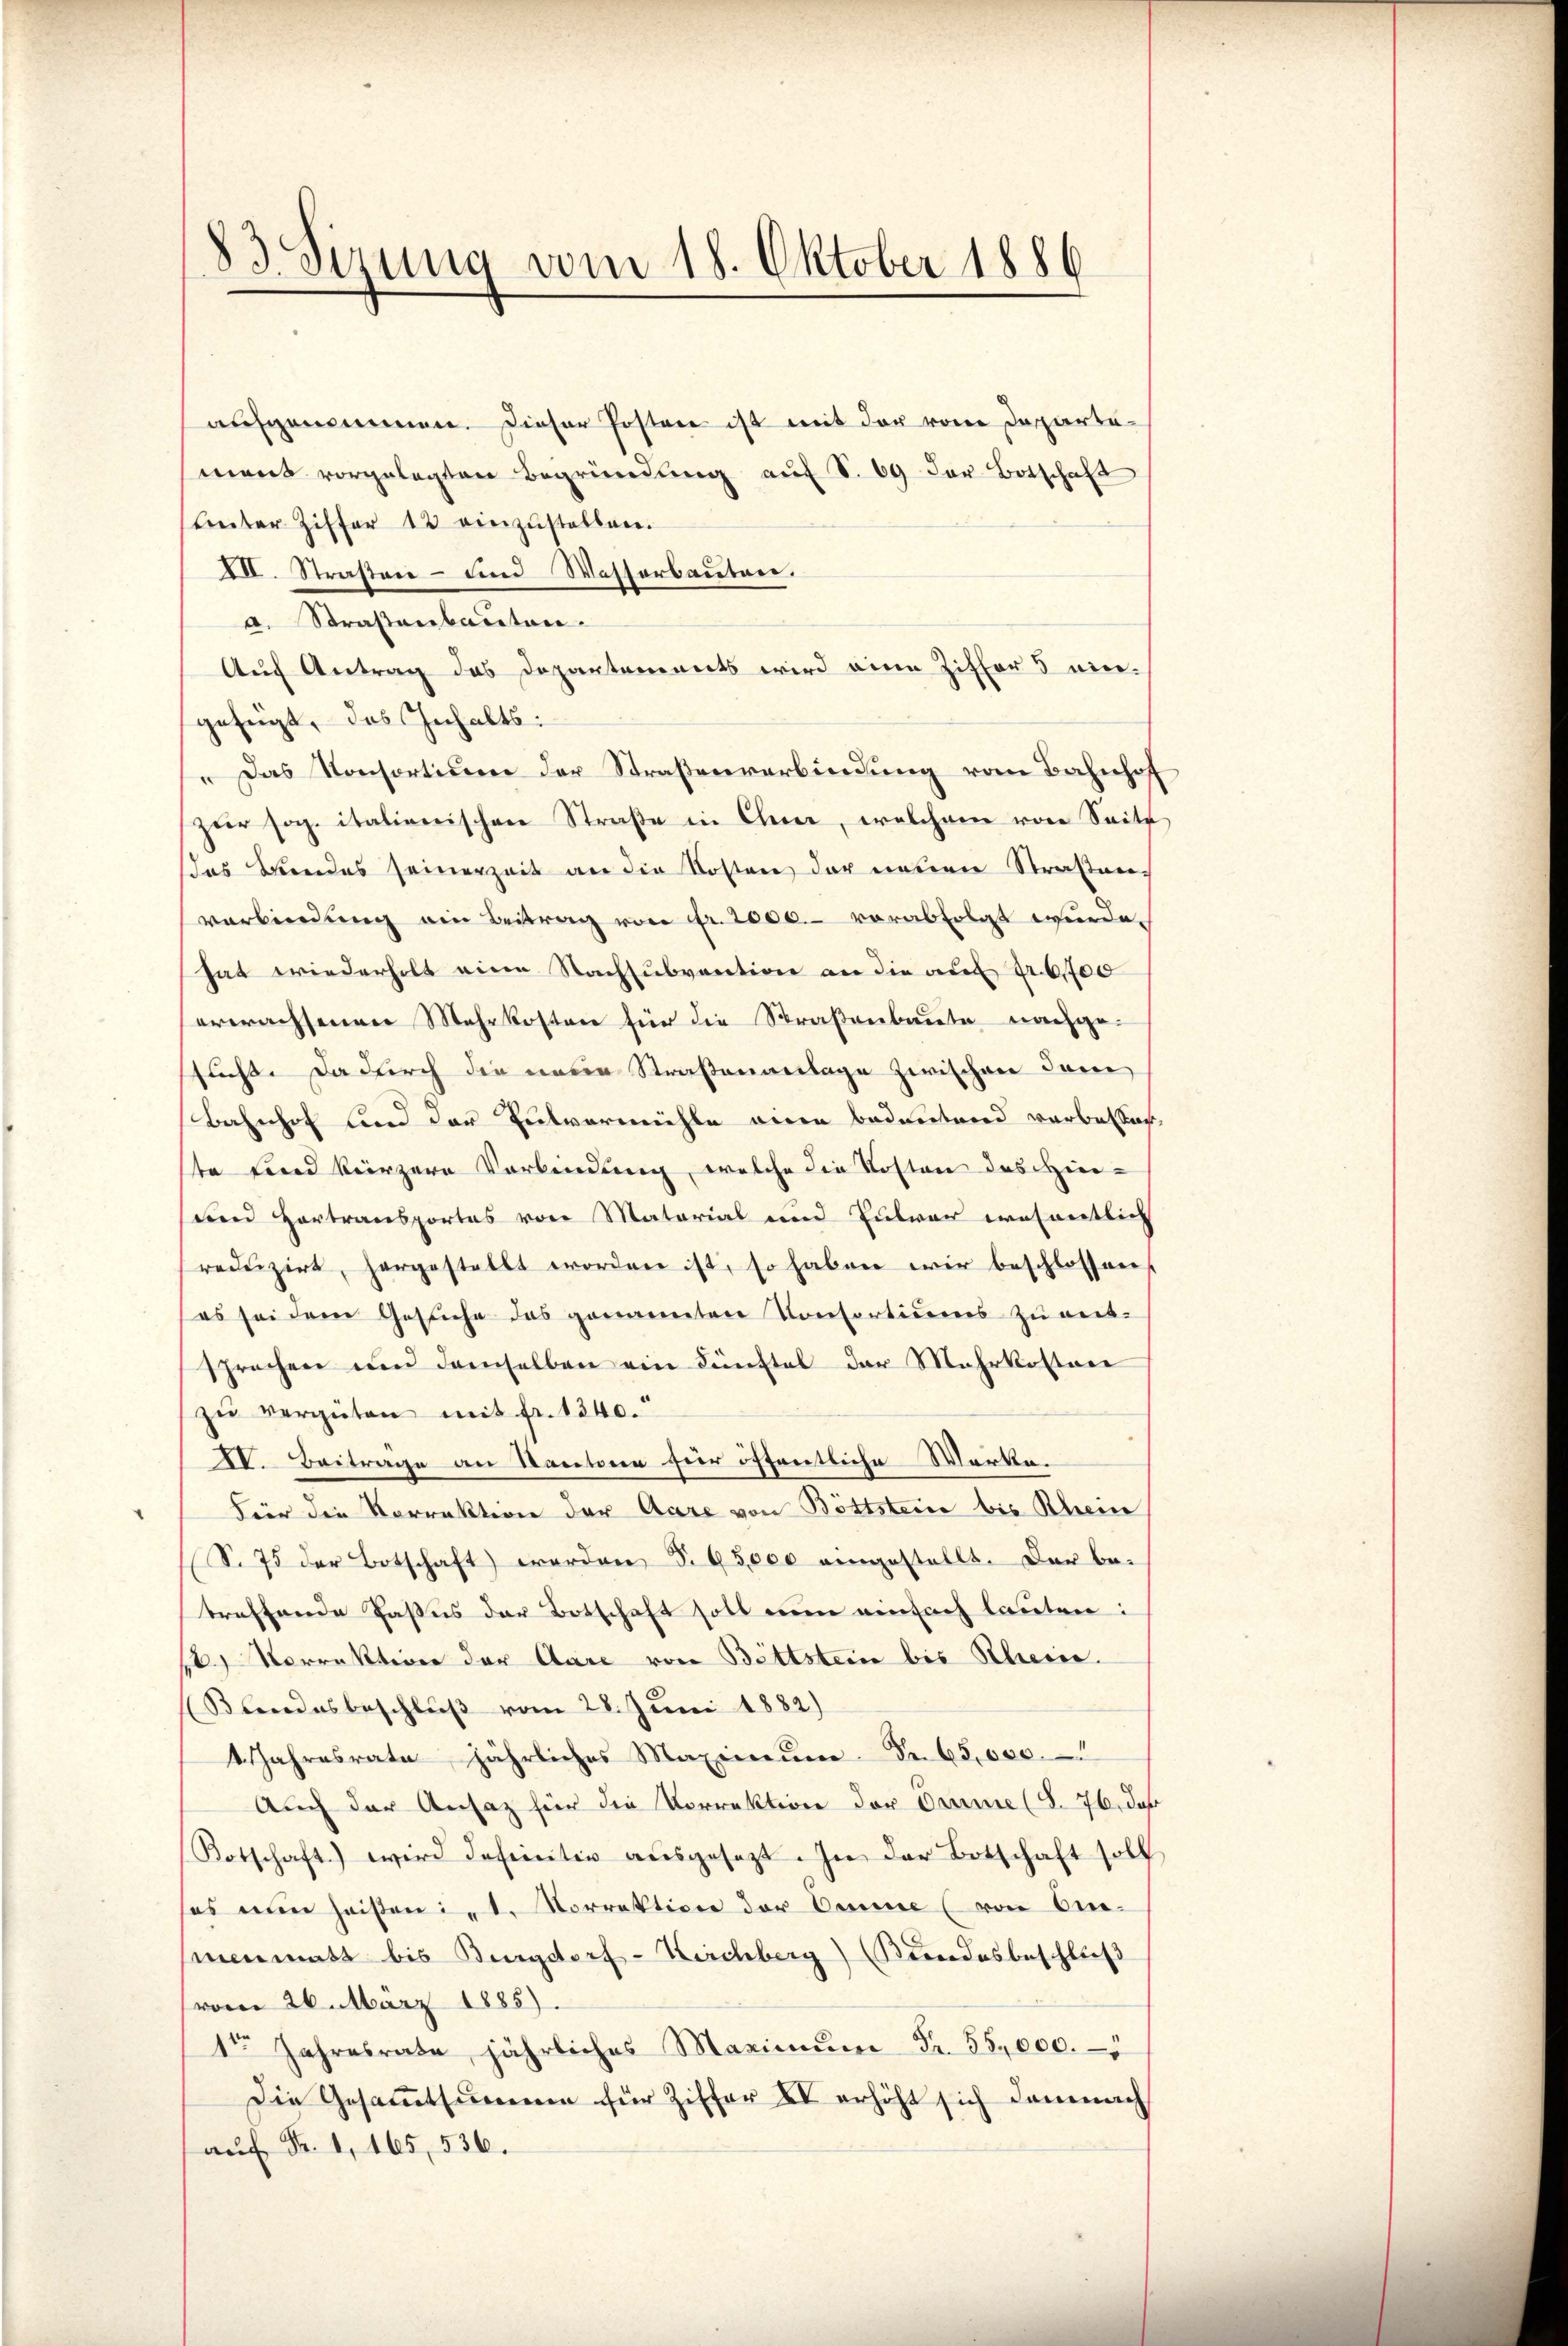
83. Sirung vom 18. Oktober 1886

aufgenommen. Dieser Posten ist mit der vom Departemant vorgelegten Begründung auf S. 69 der Botschaft
unter Ziffer 13 einzustellen.
III. Straßen – und Wasserbauten.
a. Straßenbauten.
Auch Antrag das Departements wird eine Ziffers niegefügt, das Inhalts:
 Das Konsortium der Straßenverbindung vom Bahnhof
zur sog. italienischen Straße in Chur, welchem von Seite
das Bundes seinerzeit an die Kosten der neuen Straßenverbindŭng ein Beitrag von Fr. 2000.- verabfolgt wurde.
hat wiederholt eine Nachsubvention an die auf Fr. 6700
erwachsenen Mehrkosten für die Straßenbaute nachgesucht. Da durch die neuen Straßenanlage zwischen Danie
Bahnhof und der Pulvermühle einen bedeutend verbestan
ste sind kürzere Verbindung, welche die Kosten des Hindend Hortransportes von Material und Pulver wesentlich
reduzirt, hergestellt worden ist, so haben wir beschlossen,
(es sei dem Gesuche das genannten Konsortiums zu ent-
sprechen und demselben ein Fünftel der Mehrkosten
zŭ vergüten mit fr. 1240.
IV. Beitrage an Doctoren für öffentliche Werke.
Für die Vorrektion der Aare von Böttsteine bis Rhein
(S. 75 der Botschaft werden §. 95,000 eingestellt. Der be-
treffende Passus der Botschaft soll nun einfach lauten:
s Norrektion der Aare von Bittstein bis Rhein.
Blendesbeschlŭβ vom 28. Juni 1882)
1 Jahresrate jährliches Maximŭm Fr. 65,000.
Auch der Ansatz für die Vorrektion der Orime (§. 76, daß
Botschaft) wird definitiv aŭsgesezt In der Botschaft soll
ses nun heisten ist. Vorrektion der Omme (von An-
menmatt bis Burgdorf - Kirchberg) (Kundesbeschluß
vom 26. März 1885).
1ten Jahresrate jährliches Maximŭm Fr. 55,000.
Die Gesammtsumme für Ziffer IV erhöht sich demnach
auf Fr. 1, 165, 536.